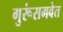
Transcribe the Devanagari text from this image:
गुरूंसमवेत